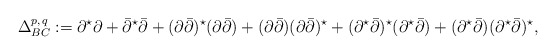
\begin{align*}\Delta^{p, \, q}_{BC}:=\partial^{\star}\partial + \bar\partial^{\star}\bar\partial + (\partial\bar\partial)^{\star}(\partial\bar\partial) + (\partial\bar\partial)(\partial\bar\partial)^{\star} + (\partial^{\star}\bar\partial)^{\star}(\partial^{\star}\bar\partial) + (\partial^{\star}\bar\partial)(\partial^{\star}\bar\partial)^{\star},\end{align*}